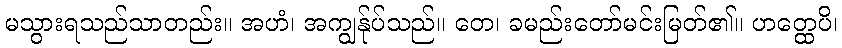
မသွားရသည်သာတည်း။ အဟံ၊ အကျွန်ုပ်သည်။ တေ၊ ခမည်းတော်မင်းမြတ်၏။ ဟတ္ထေပိ၊